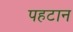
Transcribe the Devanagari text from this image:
पहटान